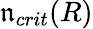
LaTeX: \mathfrak{n}_{crit}(R)